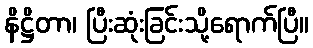
နိဋ္ဌိတာ၊ ပြီးဆုံးခြင်းသို့ရောက်ပြီ။